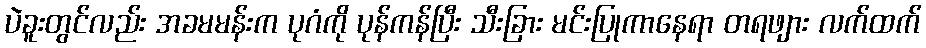
ပဲခူးတွင်လည်း အခမမန်းက ပုဂံကို ပုန်ကန်ပြီး သီးခြား မင်းပြုကာနေရာ တရဖျား လက်ထက်